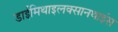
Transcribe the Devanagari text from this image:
डाईमिथाइलक्सानथाइंस